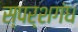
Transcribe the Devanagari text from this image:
स्पर्शगंध